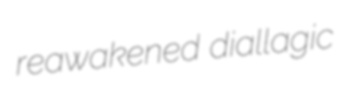
reawakened diallagic